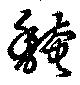
馣